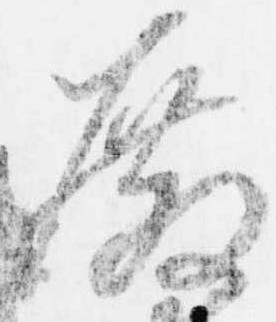
殿